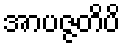
အာပဇ္ဇတိပိ